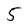
Character: 5